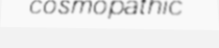
cosmopathic